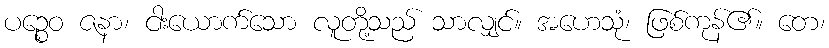
ပဉ္စေဝ ဇနာ၊ ငါးယောက်သော လူတို့သည် သာလျှင်။ အဟေသုံ၊ ဖြစ်ကုန်၏။ တေ၊